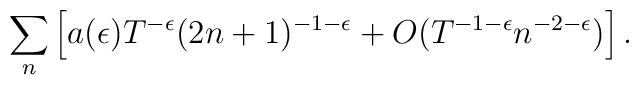
\sum_{n} \left [ a(\epsilon)T^{-\epsilon}(2n+1)^{-1-\epsilon} + O(T^{-1-\epsilon}n^{-2-\epsilon}) \right ].